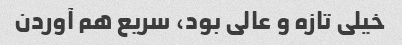
خیلی تازه و عالی بود، سریع هم آوردن